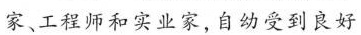
家、工程师和实业家，自幼受到良好